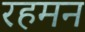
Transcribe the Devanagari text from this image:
रहमन